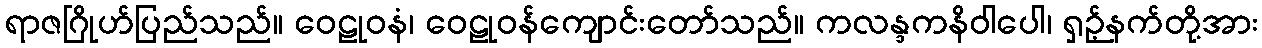
ရာဇဂြိုဟ်ပြည်သည်။ ဝေဠုဝနံ၊ ဝေဠုဝန်ကျောင်းတော်သည်။ ကလန္ဒကနိဝါပေါ၊ ရှဉ့်နက်တို့အား